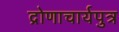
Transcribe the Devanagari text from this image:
द्रोणाचार्यपुत्र